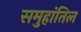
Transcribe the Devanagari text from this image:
समुहांतिल